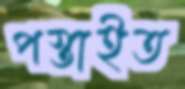
পস্তাইত